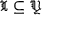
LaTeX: { \mathfrak { X } } \subseteq { \mathfrak { Y } }